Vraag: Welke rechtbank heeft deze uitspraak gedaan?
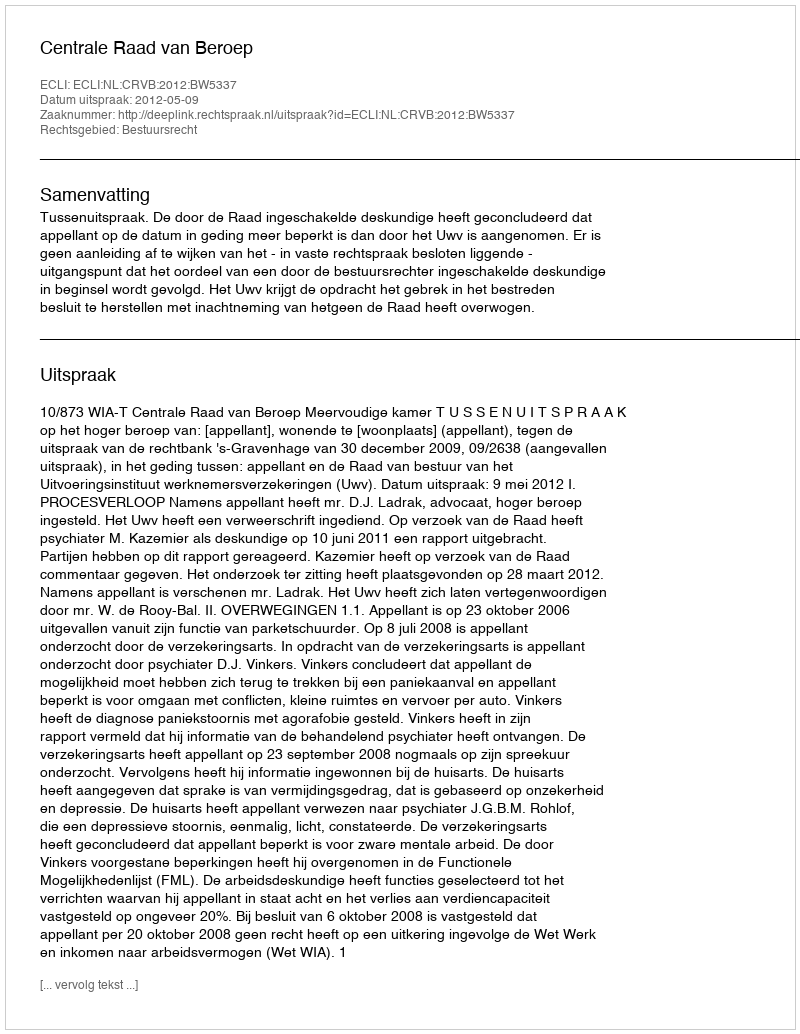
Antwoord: Centrale Raad van Beroep